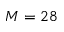
M = 2 8